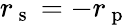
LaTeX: r_{\mathrm{~s~}}=-r_{\mathrm{~p~}}